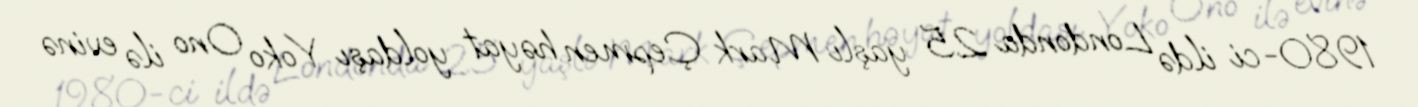
1980-ci ildə Londonda 25 yaşlı Mark Çepmen həyat yoldaşı Yoko Ono ilə evinə